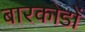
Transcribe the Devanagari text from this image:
बारकोडों